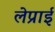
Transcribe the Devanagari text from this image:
लेप्राई